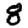
Digit: 8